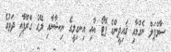
ސާމްޕަލް ނެގުމާއި ޤައިދީންގެ ފޮޓޯ އާއި އިނގިލީގެ ނިޝާނާއި ލޭގެ ގްރޫޕާއި ދަތުގެ